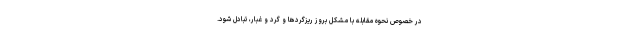
در خصوص نحوه مقابله با مشکل بروز ریزگردها و گرد و غبار، تبادل شود.